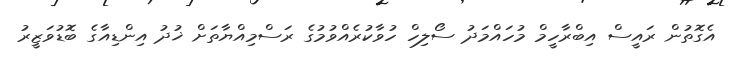
އެގޮތުން ރައީސް އިބްރާހީމް މުހައްމަދު ސޯލިހް ހުވާކުރެއްވުމުގެ ރަސްމިއްޔާތަށް ޚުދު އިންޑިއާގެ ބޮޑުވަޒީރު